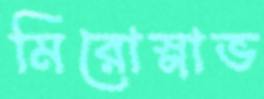
মিরোস্লাভ